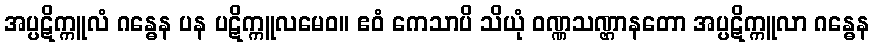
အပ္ပဋိက္ကူလံ ဂန္ဓေန ပန ပဋိက္ကူလမေဝ။ ဧဝံ ကေသာပိ သိယုံ ဝဏ္ဏသဏ္ဌာနတော အပ္ပဋိက္ကူလာ ဂန္ဓေန